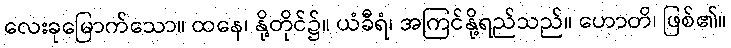
လေးခုမြောက်သော။ ထနေ၊ နို့တိုင်၌။ ယံခီရံ၊ အကြင်နို့ရည်သည်။ ဟောတိ၊ ဖြစ်၏။